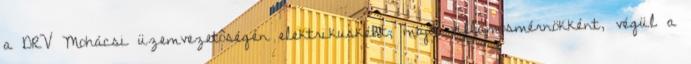
a DRV Mohácsi üzemvezetôségén elektrikusként, majd villamosmérnökként, végül a